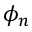
\phi _ { n }